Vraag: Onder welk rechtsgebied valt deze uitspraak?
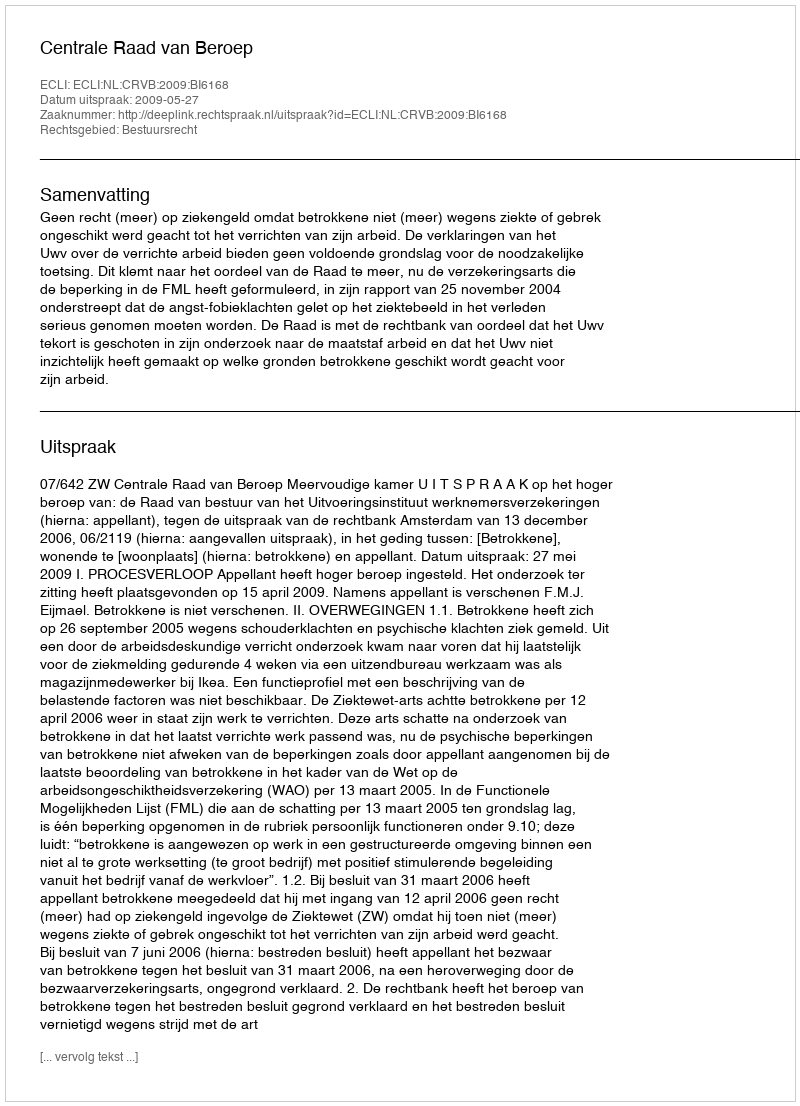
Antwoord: Bestuursrecht